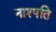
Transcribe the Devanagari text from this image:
नाश्पति